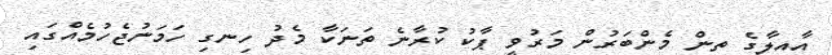
އާއިލާގެ ތިން މެންބަރުން މަރުވީ ޕާކު ކުރާނެ ތަނަކާ މެދު ހިނގި ހަމަނުޖެހުމެއްގައި